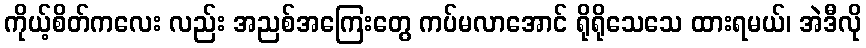
ကိုယ့်စိတ်ကလေး လည်း အညစ်အကြေးတွေ ကပ်မလာအောင် ရိုရိုသေသေ ထားရမယ်၊ အဲဒီလို